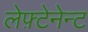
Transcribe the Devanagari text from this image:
लेफ़्टेनेन्ट